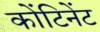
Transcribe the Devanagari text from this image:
कोंटिनेंट